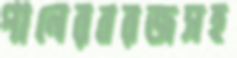
পানেরবরজসহ